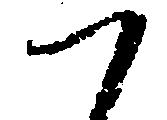
つ